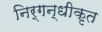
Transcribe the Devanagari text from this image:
निर्गन्धीकृत